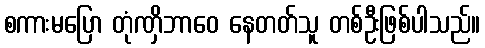
စကားမပြော တုံဏှိဘာဝေ နေတတ်သူ တစ်ဦးဖြစ်ပါသည်။